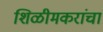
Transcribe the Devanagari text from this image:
शिळीमकरांचा